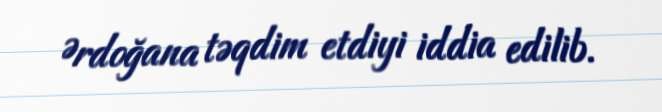
Ərdoğana təqdim etdiyi iddia edilib.